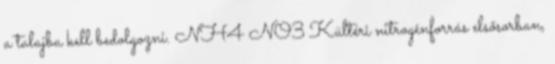
a talajba kell bedolgozni. NH4 NO3 Kültéri nitrogénforrás elsősorban,